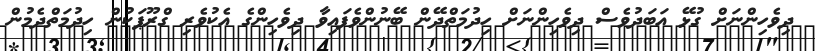
ދިވެހިންނަށް ގުޅޭ އަބަދުވެސް ދިވެހިންނަށް ހިދުމަތްދޭން ބޭނުންވެފައިވާ ދިވެހިންގެ އެކުވެރި ގްރޫޕަކުން ހިދުމަތްދެމުން